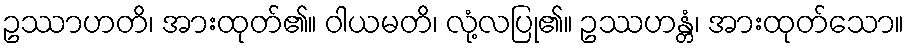
ဥဿာဟတိ၊ အားထုတ်၏။ ဝါယမတိ၊ လုံ့လပြု၏။ ဥဿဟန္တံ၊ အားထုတ်သော။